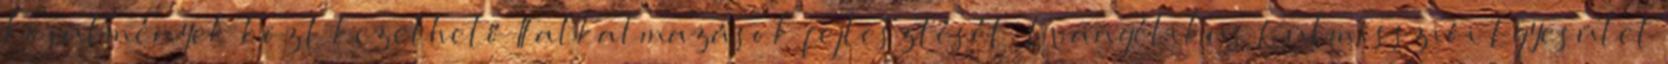
körülmények közt kezelhető IT alkalmazások fejlesztését. Evangélikus Külmissziói Egyesület